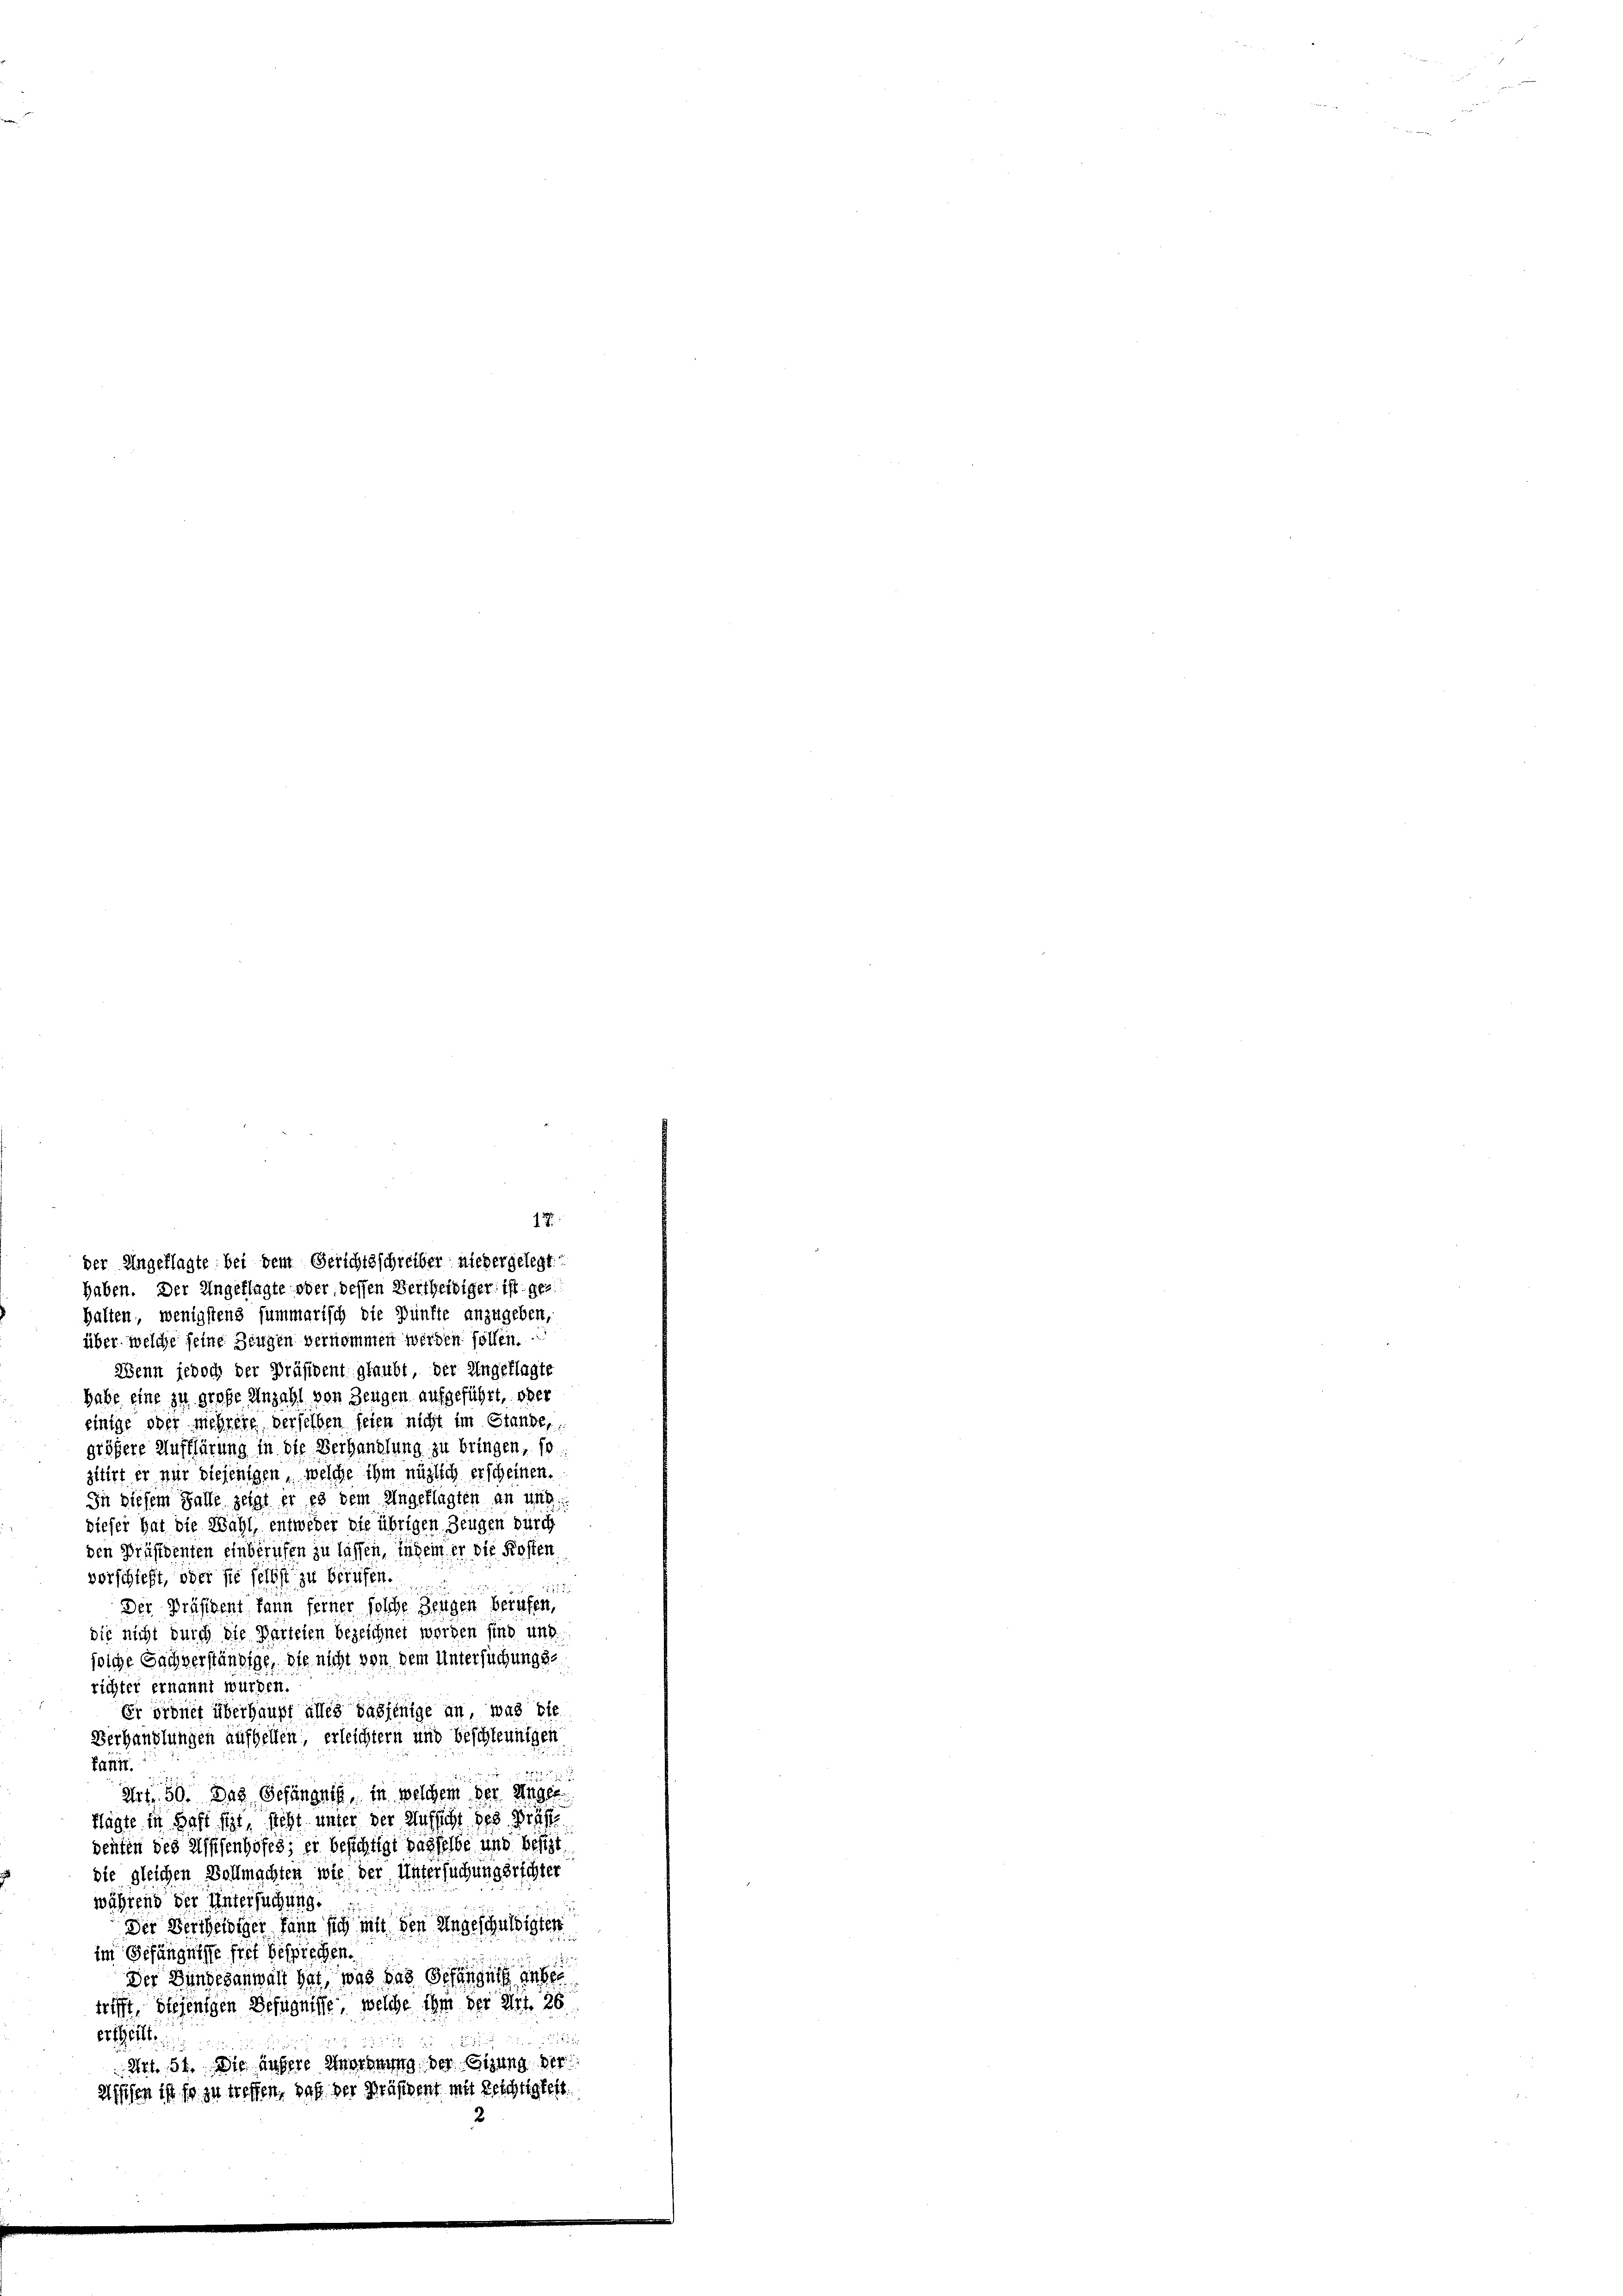
haben. Der Ungeflagte oder dessen Vertheidiger ist ges
halten, wenigstens summarisch die Zünfte anzugeben,
über welche seine Zeugen verkommen werden sollen.
Wenn jedoch der Präsident glaubt, der Ungeklagte
habe eine zu große Anzahl von Zeugen aufgeführt, oder
einige ober mehrere derselben seien nicht im Stande,
größere Aufklärung in die Verhandlung zu bringen, so
zitirt er nur diejenigen, welche ihm möglich erscheinen.
In diesem Falle zeigt er es dem Angeklagten an und
diefer hat die Wahl, entweder die übrigen Zeugen durch
den Präsidenten einberufen zu lassen, indem er die Kosten
vorschieft, oder sie selbst zu berufen.
111 2
Der Präsident kann feiner solche Zeugen berufen,
die nicht durch die Parteien bezeichnet worden sind und
folche Sachverständige, die nicht von dem Untersuchungsrichter ernannt wurden.
Er ordnet überhaupt alles dasjenige an, was bie
Verhandlungen aufhellen, erleichtern und beschleunigen
fant.
222
Art. 50. Das Gefängnis, in welchem der Angel
klagte in Haft stet, steht unter der Aufsicht des Präse
denten des Wissenhöfes; er besichtigt dasselbe und besizt
die gleichen Vollmachten wie der Untersuchungsrichter
während der Untersuchung.
Der Vertheidiger kann sich mit den Angeschuldigten
im Gefängniße frei besprechen.
Der Bundesanwalt hat, was das Gefängnis anber
trifft, diejenigen Befugnisse, welche ihm der Art. 26
ertheilt.

Art. 54. Die andere Anordnung der Gizung der
alfusen ist so zu treffen, daß der Präsident mit Reichtigkeit.
2.

17.
der Angeklagte bei dem Gerichtsschreiber niedergelegt